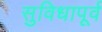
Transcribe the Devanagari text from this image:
सुविधापूर्व